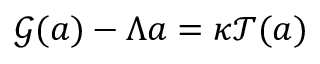
{ \mathcal { G } } ( a ) - \Lambda a = \kappa { \mathcal { T } } ( a )